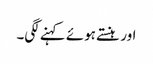
اور ہنستے ہوئے کہنے لگی۔